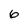
Character: 0